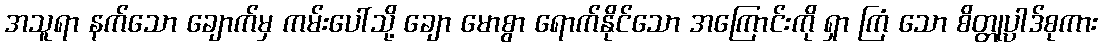
အသူရာ နက်သော ချောက်မှ ကမ်းပေါ်သို့ ချော မောစွာ ရောက်နိုင်သော အကြောင်းကို ရှာ ကြံ သော စိတ္တုပ္ပာဒ်စုကား